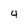
Character: 4